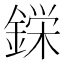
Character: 𮢚